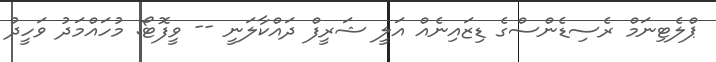
ޕްލެޓިނަމް ރެސިޑެންސްގެ ޑިޒައިނެއް އަލީ ޝަރީފް ދައްކާލަނީ -- ވީފޮޓޯ: މުހައްމަދު ވަހީދު